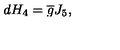
d H _ { 4 } = \overline { { g } } J _ { 5 } ,